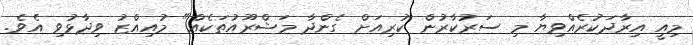
މިއީ އިރާދަކުރެއްވިޔާ މި ސަރުކާރުން ކުރިއަށް ގެންދާ މަޝްރޫއުތަކެއް" މުއިއްޒު ވިދާޅުވި އެވެ.